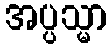
အပ္ပသ္မာ